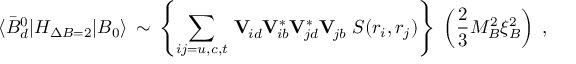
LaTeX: \langle \bar { B } _ { d } ^ { 0 } | { \cal H } _ { \Delta B = 2 } | B _ { 0 } \rangle \, \sim \, \left\{ \sum _ { i j = u , c , t } \, \mathbf { V } _ { \! i d } ^ { \phantom { * } } \mathbf { V } _ { \! i b } ^ { * } \mathbf { V } _ { \! j d } ^ { * } \mathbf { V } _ { \! j b } ^ { \phantom { * } } \; S ( r _ { i } , r _ { j } ) \right\} \; \left( { \frac { 2 } { 3 } } M _ { B } ^ { 2 } \xi _ { B } ^ { 2 } \right) \; ,